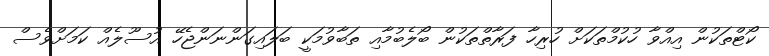
ކޯޓްތަކުން އިއްވާ ހުކުމްތަކަށް ހުރިހާ ފަރާތްތަކުން ބޯލެބުމާއި ތަބާވުމަކީ ބަލައިގަންނަންޖެހޭ އުސޫލެއް ކަމަށްވެސް